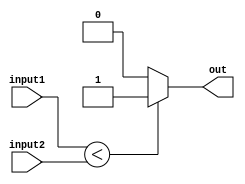
module less_than_comparator(
    input signed [7:0] input1,
    input signed [7:0] input2,
    output reg out
);

always @(*)
begin
    if(input1 < input2)
        out = 1;
    else
        out = 0;
end

endmodule